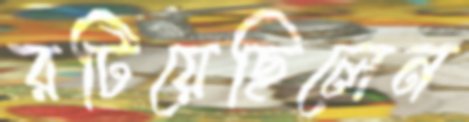
রটিয়েছিলেন